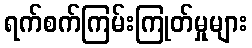
ရက်စက်ကြမ်းကြုတ်မှုများ